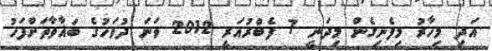
އަދި މިހާރު މިފެނިގެން މިދަނީ 7 ފެބްރުއަރީ 2012 ވަނަ ދުވަހުގެ ބަޣާވާތަށްފަހު